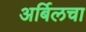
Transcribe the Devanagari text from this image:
अर्बिलचा